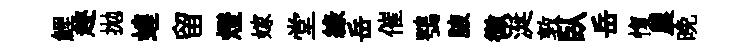
鯉趂拋蝗留燈嫁堂綠岳催鶚腋微涎敦臥岳愎農晚